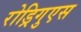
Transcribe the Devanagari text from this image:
रोड्रिगुएस